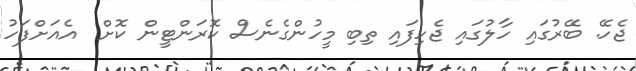
ޖެހޭ. ބޭރުގައި ހާލުގައި ޖެހިފައި ތިބި މީހުންގެނެސް ކޮރަންޓީން ކޮށް  އެއަށްފަހު